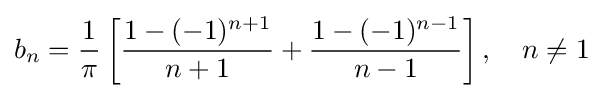
b_{n}={\frac {1}{\pi }}\left[{\frac {1-(-1)^{n+1}}{n+1}}+{\frac {1-(-1)^{n-1}}{n-1}}\right],\quad n\neq 1